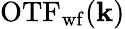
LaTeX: \mathrm{OTF}_{\mathrm{wf}}(\mathbf{k})